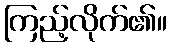
ကြည့်လိုက်၏။